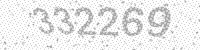
Solution: 332269